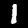
Digit: 1